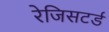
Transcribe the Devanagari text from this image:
रेजिसटर्ड